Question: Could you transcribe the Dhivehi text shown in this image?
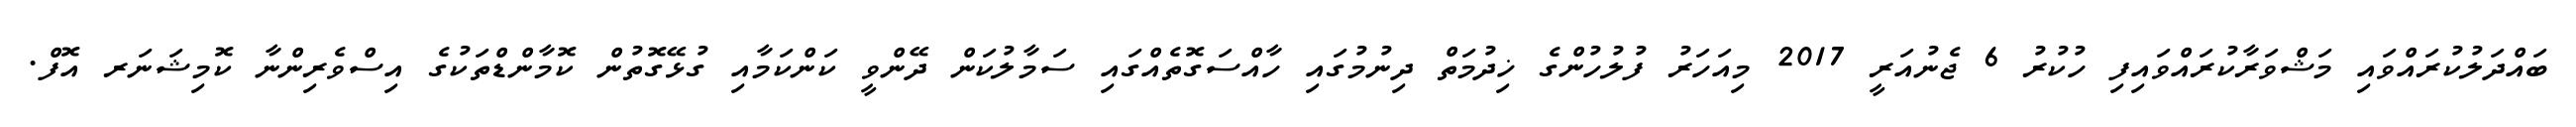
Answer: ބައްދަލުކުރައްވައި މަޝްވަރާކުރައްވައިފި ހުކުރު 6 ޖެނުއަރީ 2017 މިއަހަރު ފުލުހުންގެ ޚިދުމަތް ދިނުމުގައި ހާއްސަގޮތެއްގައި ސަމާލުކަން ދޭންވީ ކަންކަމާއި ގުޅޭގޮތުން ކޮމާންޑްތަކުގެ އިސްވެރިންނާ ކޮމިޝަނަރ އޮފް.